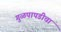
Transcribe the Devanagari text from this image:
गुळपापडीचा